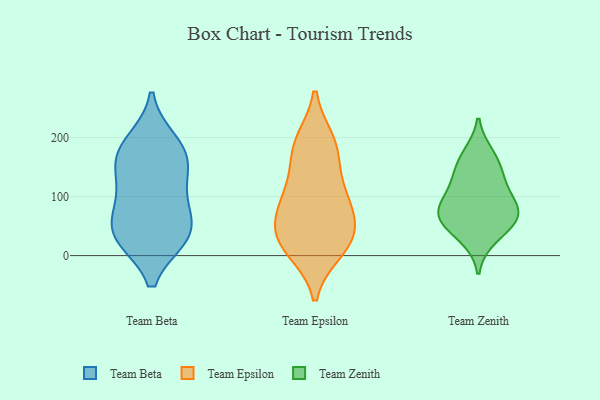
{"axis": {"x": "Market Share (%)", "y": "Value"}, "legend": ["Team Beta", "Team Epsilon", "Team Zenith"], "data": [{"x": "", "y": 45, "type": "Team Beta"}, {"x": "", "y": 173, "type": "Team Beta"}, {"x": "", "y": 153, "type": "Team Beta"}, {"x": "", "y": 191, "type": "Team Beta"}, {"x": "", "y": 103, "type": "Team Beta"}, {"x": "", "y": 33, "type": "Team Beta"}, {"x": "", "y": 33, "type": "Team Beta"}, {"x": "", "y": 36, "type": "Team Beta"}, {"x": "", "y": 164, "type": "Team Beta"}, {"x": "", "y": 93, "type": "Team Beta"}, {"x": "", "y": 16, "type": "Team Epsilon"}, {"x": "", "y": 10, "type": "Team Epsilon"}, {"x": "", "y": 118, "type": "Team Epsilon"}, {"x": "", "y": 185, "type": "Team Epsilon"}, {"x": "", "y": 192, "type": "Team Epsilon"}, {"x": "", "y": 177, "type": "Team Epsilon"}, {"x": "", "y": 33, "type": "Team Epsilon"}, {"x": "", "y": 84, "type": "Team Epsilon"}, {"x": "", "y": 104, "type": "Team Epsilon"}, {"x": "", "y": 47, "type": "Team Epsilon"}, {"x": "", "y": 29, "type": "Team Epsilon"}, {"x": "", "y": 75, "type": "Team Epsilon"}, {"x": "", "y": 30, "type": "Team Zenith"}, {"x": "", "y": 79, "type": "Team Zenith"}, {"x": "", "y": 155, "type": "Team Zenith"}, {"x": "", "y": 60, "type": "Team Zenith"}, {"x": "", "y": 79, "type": "Team Zenith"}, {"x": "", "y": 127, "type": "Team Zenith"}, {"x": "", "y": 56, "type": "Team Zenith"}, {"x": "", "y": 115, "type": "Team Zenith"}, {"x": "", "y": 171, "type": "Team Zenith"}, {"x": "", "y": 74, "type": "Team Zenith"}]}